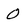
Character: 0